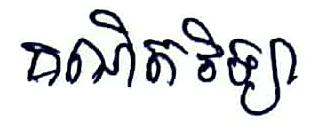
គណិតវិទ្យា